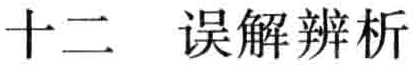
十二 误解辨析